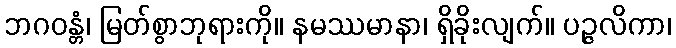
ဘဂဝန္တံ၊ မြတ်စွာဘုရားကို။ နမဿမာနာ၊ ရှိခိုးလျက်။ ပဉ္ဇလိကာ၊